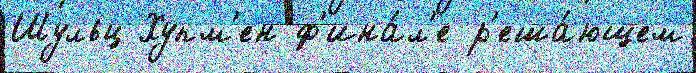
Шульц Хупм'ен ф'ина́л'е р'еша́ющем